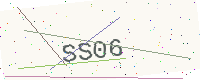
Text: SS06